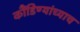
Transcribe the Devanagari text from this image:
कौंडिण्यांच्याच